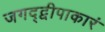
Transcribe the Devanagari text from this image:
जगद्द्वीपाकारं